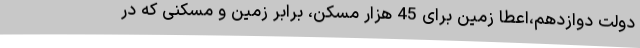
دولت دوازدهم،اعطا زمین برای 45 هزار مسکن، برابر زمین و مسکنی که در